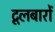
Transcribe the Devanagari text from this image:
टूलबारों